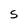
Character: S